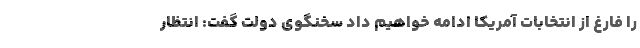
را فارغ از انتخابات آمریکا ادامه خواهیم داد سخنگوی دولت گفت: انتظار